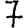
Digit: 7